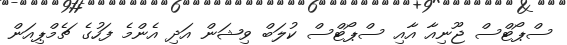
ސްޕޯޓްސް ޖޫނިއާ އާއި ސްޕޯޓްސް ކުލަބް ވިޝަން އަދި އެންމެ ފަހުގެ ޗެމްޕިއަން